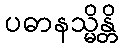
ပဓာနသ္မိန္တိ